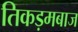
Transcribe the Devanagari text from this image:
तिकड़मबाज